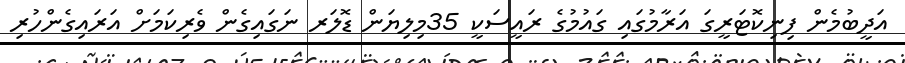
އަދީބުމެން ފިނިކޮޓަރީގަ އަރާމުގައި ގައުމުގެ ރައީސަކީ 35މިލިޔަން ޑޮލަރ ނަގައިގެން ވެރިކަމަށް އަރައިގެންހުރި